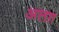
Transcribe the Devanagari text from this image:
अलग़